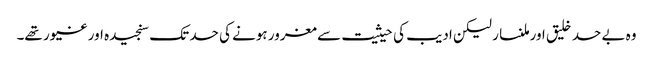
وہ بے حد خلیق اور ملنسار لیکن ادیب کی حیثیت سے مغرور ہونے کی حد تک سنجیدہ اور غیور تھے۔